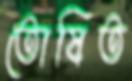
তোষিত